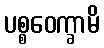
ပစ္စဝေက္ခာမိ